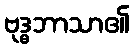
ဗုဒ္ဓဘာသာ၏